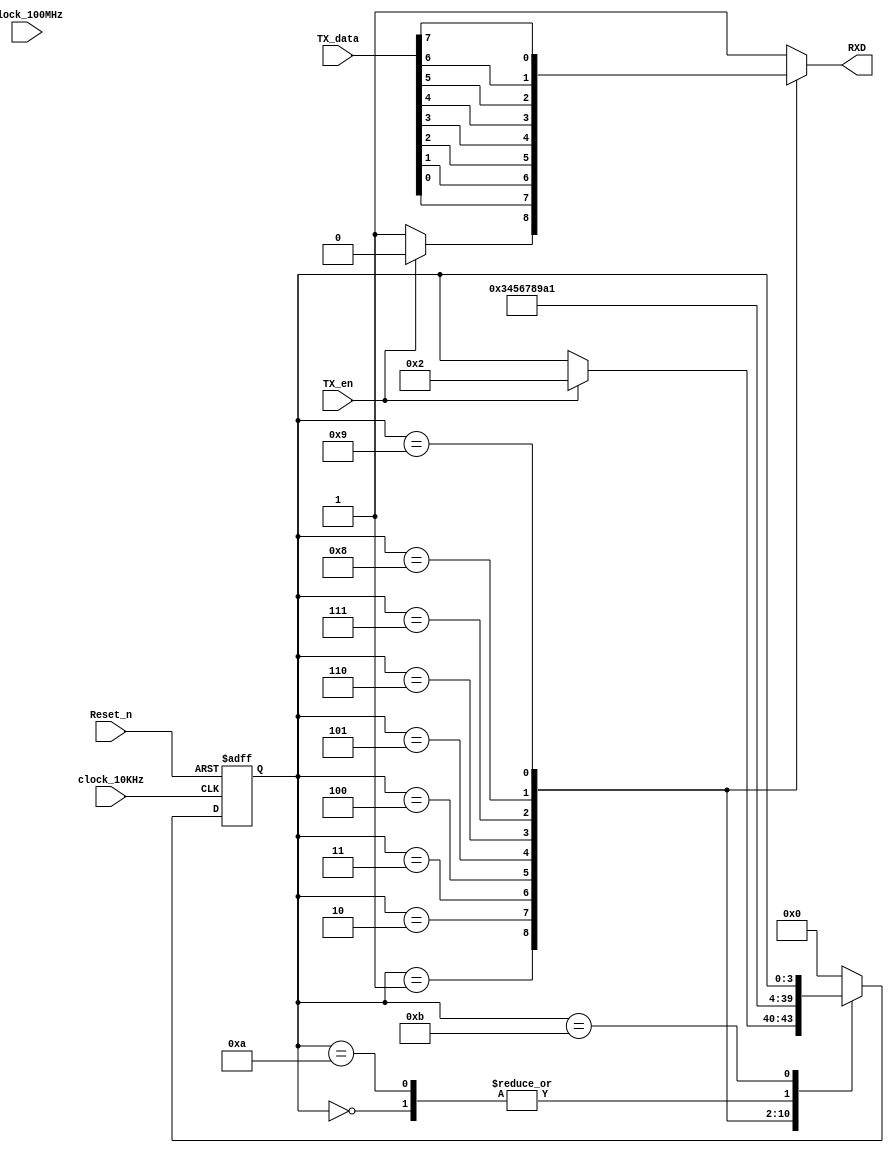
`timescale 1ns / 1ns
//////////////////////////////////////////////////////////////////////////////////
// Company:  RUAS
// 
// Design Name: 
// Module Name: Keyboard
// Project Name: 
// Target Devices: 
// Tool Versions: 
// Description: 
// 
// Dependencies: 
// 
// Revision:
// Revision 0.01 - File Created
// Additional Comments:
// 
//////////////////////////////////////////////////////////////////////////////////


module UART_Transmitter(output reg RXD, 
                        input [7:0] TX_data, 
                        input clock_10KHz,
                        input TX_en, Clock_100MHz, Reset_n);                
  
             
 // FSM for UART Transmitter    
   reg [3:0] present_state, next_state; 
  
   parameter [7:0] 
     RESET = 8'd0,   START = 8'd1,   
     DATA_0 =  8'd2, DATA_1 =  8'd3,                 
     DATA_2 =  8'd4, DATA_3 =  8'd5, 
     DATA_4 =  8'd6, DATA_5 =  8'd7,
     DATA_6 =  8'd8, DATA_7 =  8'd9,
     STOP = 8'd10,   FINISH = 8'd11;
                                    
                   
  // FSM registers
     always@(posedge clock_10KHz, negedge Reset_n)
       if(!Reset_n) 
          present_state <= RESET;
       else
          present_state <= next_state;
          
          
  // FSM Combinational block
     always@(present_state, TX_en, TX_data)
       case(present_state)
         RESET: begin RXD = 1; next_state = START; end 
         
         START: if(TX_en) 
                  begin
                    RXD = 0;
                    next_state = DATA_0;
                  end                    
                else
                  begin
                    RXD = 1;
                    next_state = present_state; 
                  end   
                           
         DATA_0: begin 
                   RXD = TX_data[0]; next_state = DATA_1; 
                 end         
         DATA_1: begin 
                   RXD = TX_data[1]; next_state = DATA_2; 
                 end         
         DATA_2: begin 
                   RXD = TX_data[2]; next_state = DATA_3; 
                 end         
         DATA_3: begin 
                   RXD = TX_data[3]; next_state = DATA_4; 
                 end         
         DATA_4: begin 
                   RXD = TX_data[4]; next_state = DATA_5; 
                 end          
         DATA_5: begin 
                   RXD = TX_data[5]; next_state = DATA_6; 
                 end          
         DATA_6: begin 
                   RXD = TX_data[6]; next_state = DATA_7; 
                 end 
         DATA_7: begin 
                   RXD = TX_data[7]; next_state = STOP; 
                 end                
         
         STOP:   begin 
                   RXD = 1; next_state = START; 
                 end
                 
         FINISH: begin 
                   RXD = 1; next_state = present_state; 
                 end        
         
         default: begin RXD = 1; next_state = RESET; end
       endcase 
       
endmodule